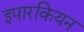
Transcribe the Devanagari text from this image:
इपारकियन